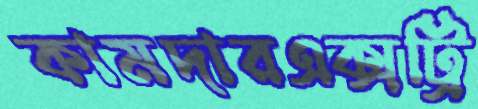
কামদারএক্সট্রি